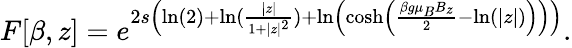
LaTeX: F[\beta,z]=e^{2s\left(\ln(2)+\ln(\frac{|z|}{1+|z|^{2}})+\ln\left(\cosh\left(\frac{\beta g\mu_{B}B_{z}}{2}-\ln(|z|)\right)\right)\right)}.